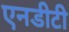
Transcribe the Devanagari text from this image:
एनडीटी